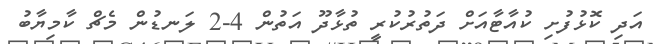
އަދި ކޮޅުފުށި ކުއާޓާއަށް ދަތުރުކުރީ ތުޅާދޫ އަތުން 4-2 ލަނޑުން މެޗް ކާމިޔާބު